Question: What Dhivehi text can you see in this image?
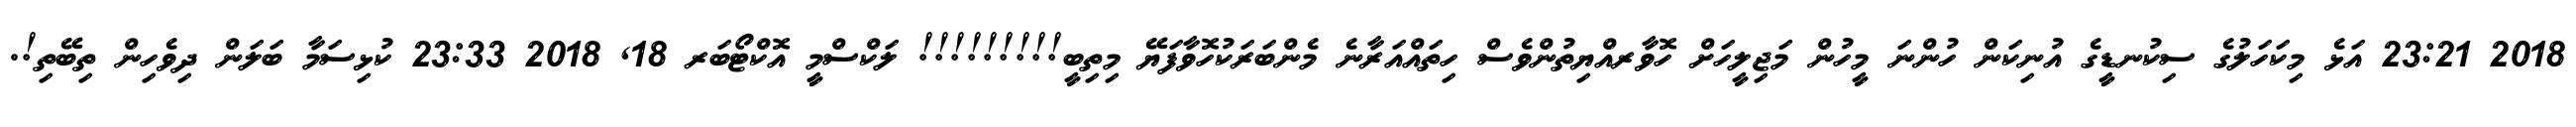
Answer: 2018 23:21 އަޅެ މިކަހަލުގެ ސިކުނޑީގެ އުނިކަން ހުންނަ މީހުން މަޖިލީހަށް ހޮވާރއްޔިތުންވެސް ހިތައްއަރާނެ މެންބަރަކުހޮވާފަޔޭ މިތިބީ!!!!!!!!! ލަކްސްމީ އޮކްޓޯބަރ 18, 2018 23:33 ކުޅިސަމާ ބަލަން ދިވެހިން ތިބޭތި!.